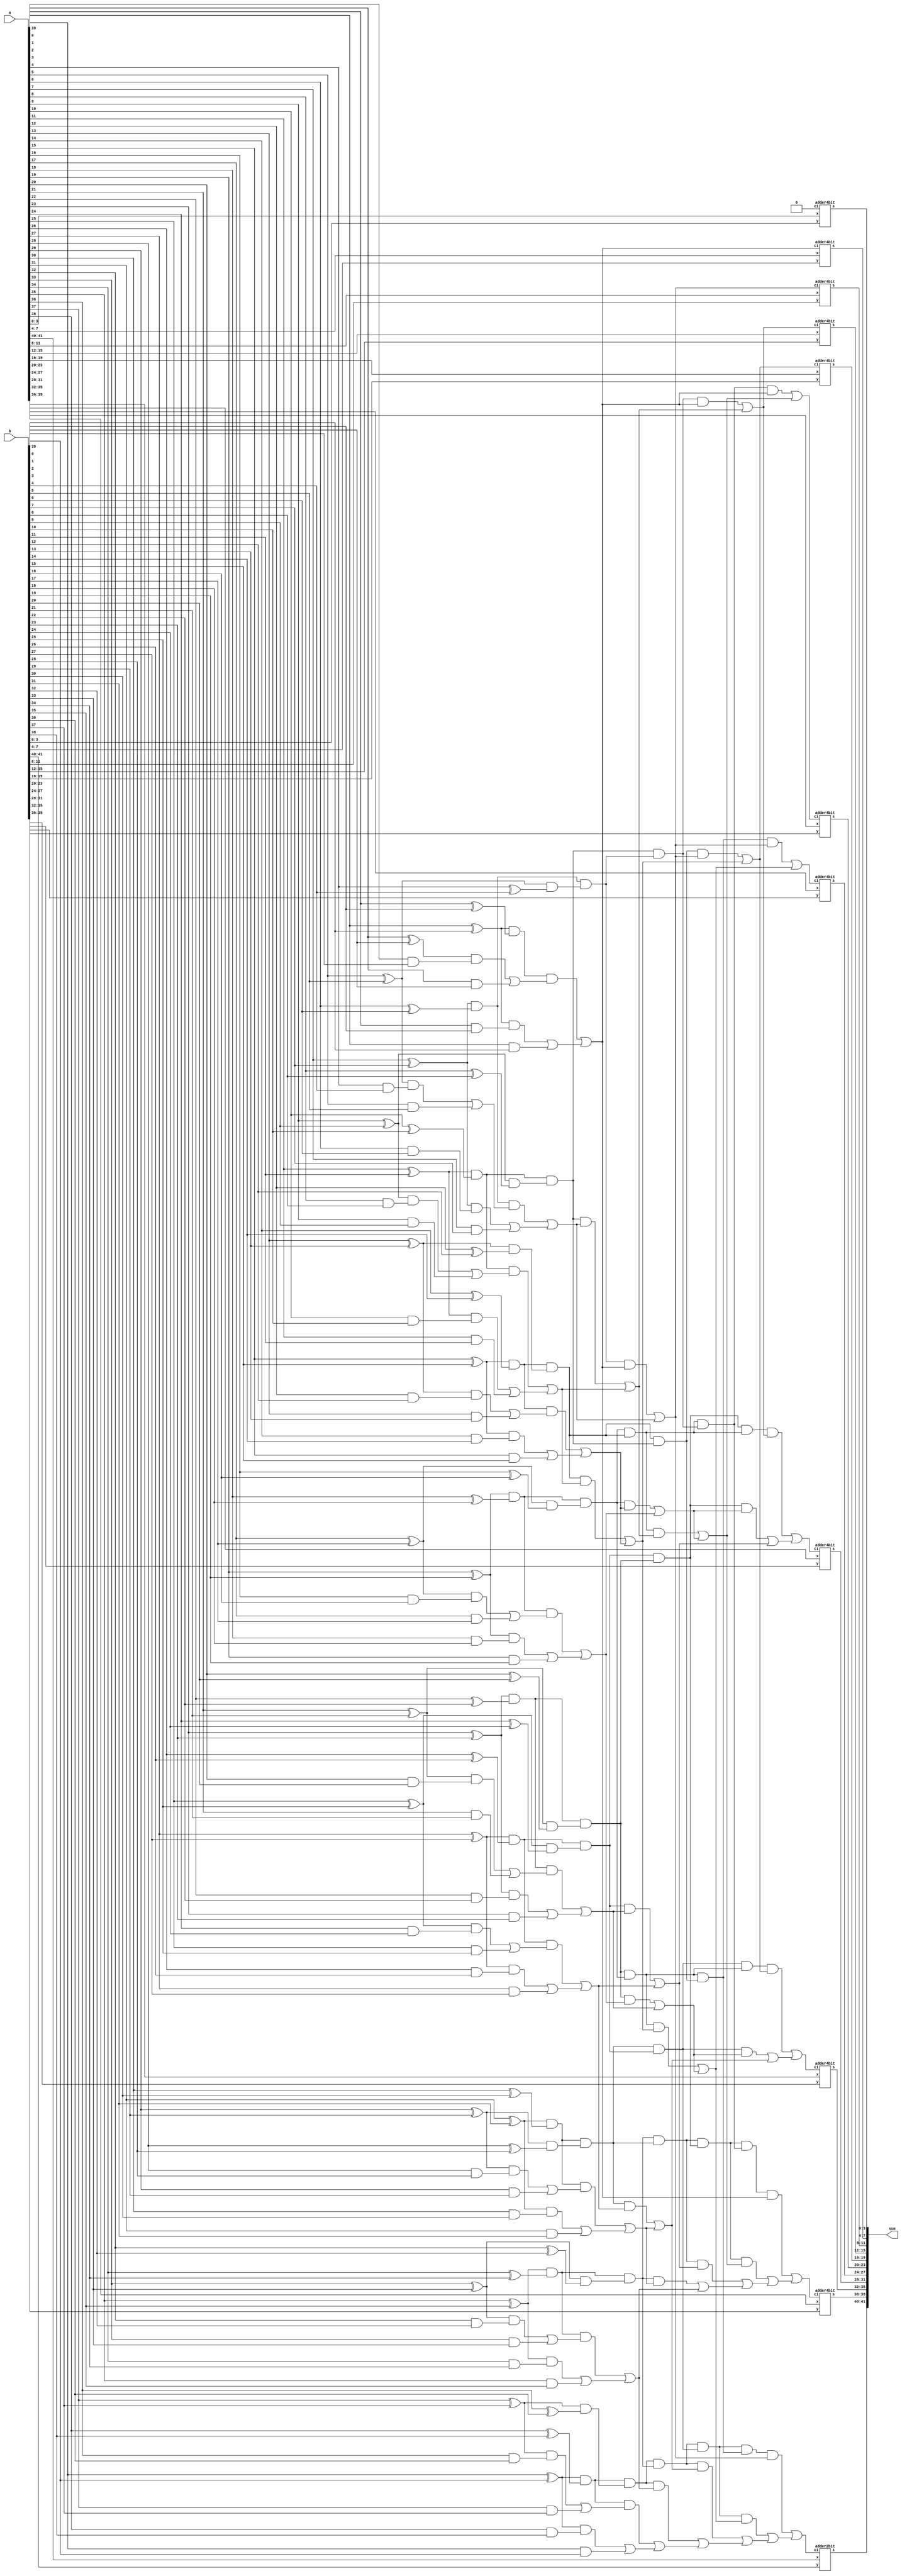
module sparse_42bitks(a, b, sum);
input [41:0] a, b;
output [41:0] sum;

wire [39:0] p0, g0;
wire [19:0] p1, g1;
wire [8:0] p2, g2;
wire [7:0] p3, g3;
wire [5:0] p4, g4;
wire [1:0] p5, g5;
wire c4, c8, c12, c16, c20, c24, c28, c32, c36, c40;

assign c4 = (p1[1] & g1[0]) | g1[1];
assign c8 = (p2[0] & c4) | g2[0];

assign c12 = (p3[0] & c4) | g3[0];
assign c16 = (p3[1] & c8) | g3[1];

assign c20 = (p4[0] & c4) | g4[0];
assign c24 = (p4[1] & c8) | g4[1];
assign c28 = (p4[2] & c12) | g4[2];
assign c32 = (p4[3] & c16) | g4[3];

assign c36 = (p5[0] & c4) | g5[0];
assign c40 = (p5[1] & c8) | g5[1];
genvar i;

generate for (i = 0; i < 40; i = i + 1)
begin : stage0
assign p0[i] = a[i] ^ b[i];
assign g0[i] = a[i] & b[i];
end
endgenerate

generate for (i = 0; i < 20; i = i + 1)
begin : stage1
assign p1[i] = p0[2*i+1] & p0[2*i];
assign g1[i] = (p0[2*i+1] & g0[2*i]) | g0[2*i+1];
end
endgenerate


generate for (i = 0; i < 9; i = i + 1)
begin : stage2
assign p2[i] = p1[2*i+3] & p1[2*i+2];
assign g2[i] = (p1[2*i+3] & g1[2*i+2]) | g1[2*i+3];
end
endgenerate

generate for (i = 0; i < 8; i = i + 1)
begin : stage3
assign p3[i] = p2[i+1] & p2[i];
assign g3[i] = (p2[i+1] & g2[i]) | g2[i+1];
end
endgenerate 

generate for (i = 0; i < 6; i = i + 1)
begin : stage4
assign p4[i] = p3[i+2] & p3[i];
assign g4[i] = (p3[i+2] & g3[i]) | g3[i+2];
end
endgenerate

generate for (i = 0; i < 2; i = i + 1)
begin : stage5
assign p5[i] = p4[i+4] & p4[i];
assign g5[i] = (p4[i+4] & g4[i]) | g4[i+4];
end
endgenerate

 adder4bit A0 (.x(a[3:0]), .y(b[3:0]), .ci(1'b0), .s(sum[3:0]));
 adder4bit A1 (.x(a[7:4]), .y(b[7:4]), .ci(c4), .s(sum[7:4]));
 adder4bit A2 (.x(a[11:8]), .y(b[11:8]), .ci(c8), .s(sum[11:8]));
 adder4bit A3 (.x(a[15:12]), .y(b[15:12]), .ci(c12), .s(sum[15:12]));
 adder4bit A4 (.x(a[19:16]), .y(b[19:16]), .ci(c16), .s(sum[19:16]));
 adder4bit A5 (.x(a[23:20]), .y(b[23:20]), .ci(c20), .s(sum[23:20]));
 adder4bit A6 (.x(a[27:24]), .y(b[27:24]), .ci(c24), .s(sum[27:24]));
 adder4bit A7 (.x(a[31:28]), .y(b[31:28]), .ci(c28), .s(sum[31:28]));
 adder4bit A8 (.x(a[35:32]), .y(b[35:32]), .ci(c32), .s(sum[35:32]));
 adder4bit A9 (.x(a[39:36]), .y(b[39:36]), .ci(c36), .s(sum[39:36]));
 adder2bit A10 (.x(a[41:40]), .y(b[41:40]), .ci(c40), .s(sum[41:40]));

endmodule

module adder4bit (
	input [3:0] x, y,
	input ci,
	output [3:0] s
);
wire c1, c2, c3;
fulladder F0 (x[0], y[0], ci, s[0], c1);
fulladder F1 (x[1], y[1], c1, s[1], c2);
fulladder F2 (x[2], y[2], c2, s[2], c3);
fulladder_last F3 (x[3], y[3], c3, s[3]);

endmodule

module adder2bit (
	input [1:0] x, y,
	input ci,
	output [1:0] s
);
wire t;
fulladder F4 (x[0], y[0], ci, s[0], t);
fulladder_last F5 (x[1], y[1], t, s[1]);
endmodule

module fulladder (
	 input x, y, cin,
	 output s, cout
);
wire t1,t2,t3;
xor G1 (t1, x, y);
xor G2 (s, t1, cin);
and G3 (t2, t1, cin);
and G4 (t3, x, y);
or G5 (cout, t2, t3);
endmodule

module fulladder_last (
	 input x, y, cin,
	 output s
);
wire t1,t2,t3;
xor G1 (t1, x, y);
xor G2 (s, t1, cin);
endmodule